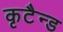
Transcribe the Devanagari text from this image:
कृटैन्ड